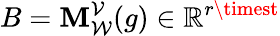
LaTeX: B=\mathbf{M}_{\mathcal{{W}}}^{\mathcal{{V}}}(g)\in\mathbb{{R}}^{r\timest}